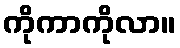
ကိုကာကိုလာ။